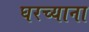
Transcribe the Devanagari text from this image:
घरच्याना